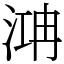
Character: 㴂